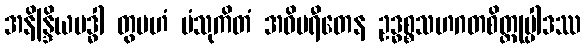
အနိန္ဒြိယဗဒ္ဓါ တွမဟံ ပံသုကိတံ အဝိပရီတေန ဥဒ္ဓစ္စသဟဂတစိတ္တုပ္ပါဒဿ